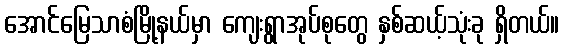
အောင်မြေသာစံမြို့နယ်မှာ ကျေးရွာအုပ်စုတွေ နှစ်ဆယ့်သုံးခု ရှိတယ်။